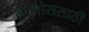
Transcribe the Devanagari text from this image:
लागोससाठी